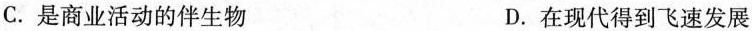
C. 是商业活动的伴生物 D. 在现代得到飞速发展